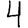
Digit: 4